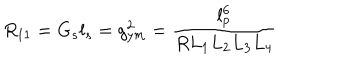
R _ { 1 1 } = G _ { s } l _ { s } = g _ { y m } ^ { 2 } = \frac { l _ { p } ^ { 6 } } { R L _ { 1 } L _ { 2 } L _ { 3 } L _ { 4 } }